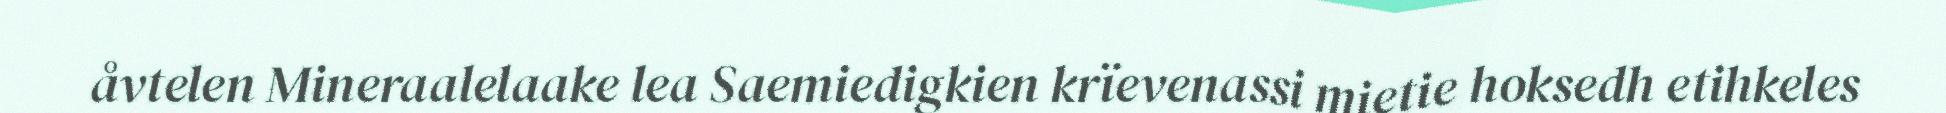
åvtelen Mineraalelaake lea Saemiedigkien krïevenassi mietie hoksedh etihkeles